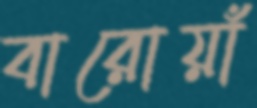
বারোয়াঁ